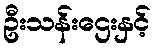
ဦးသန်းဌေးနှင့်